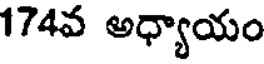
174వ అధ్యాయం